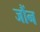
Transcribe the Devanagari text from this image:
जौंन